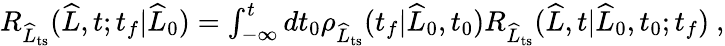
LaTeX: \begin{array}{r}{R_{\widehat{L}_{\mathrm{ts}}}(\widehat{L},t;t_{f}|\widehat{L}_{0})=\int_{-\infty}^{t}dt_{0}\rho_{\widehat{L}_{\mathrm{ts}}}(t_{f}|\widehat{L}_{0},t_{0})R_{\widehat{L}_{\mathrm{ts}}}(\widehat{L},t|\widehat{L}_{0},t_{0};t_{f})\ ,}\end{array}